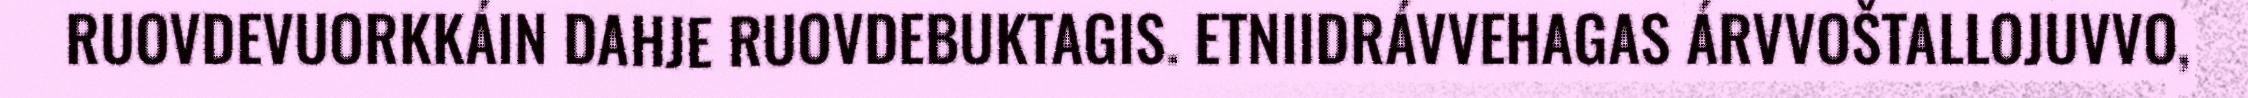
RUOVDEVUORKKÁIN DAHJE RUOVDEBUKTAGIS. ETNIIDRÁVVEHAGAS ÁRVVOŠTALLOJUVVO,